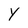
Character: Y